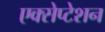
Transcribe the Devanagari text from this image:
एक्सेप्टेशन